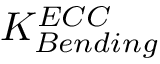
K _ { B e n d i n g } ^ { E C C }